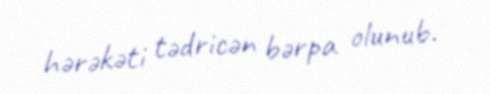
hərəkəti tədricən bərpa olunub.